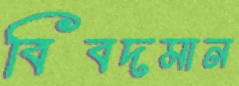
বিবদমান